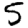
Digit: 5